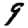
Digit: 9